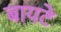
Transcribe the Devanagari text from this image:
बायटे